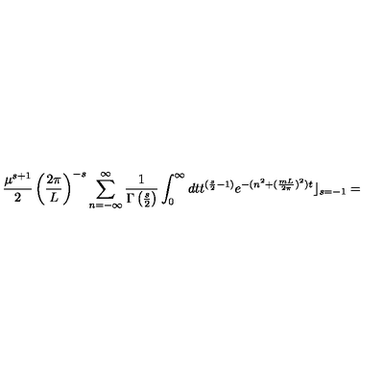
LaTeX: \frac { \mu ^ { s + 1 } } { 2 } \left( \frac { 2 \pi } { L } \right) ^ { - s } \sum _ { n = - \infty } ^ { \infty } \frac { 1 } { \Gamma \left( \frac { s } { 2 } \right) } \int _ { 0 } ^ { \infty } d t t ^ { ( \frac { s } { 2 } - 1 ) } e ^ { - ( n ^ { 2 } + ( \frac { m L } { 2 \pi } ) ^ { 2 } ) t } \rfloor _ { s = - 1 } =